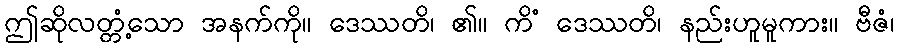
ဤဆိုလတ္တံ့သော အနက်ကို။ ဒေဿတိ၊ ၏။ ကိံ ဒေဿတိ၊ နည်းဟူမူကား။ ဗီဇံ၊